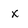
Character: x